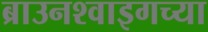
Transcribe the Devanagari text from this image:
ब्राउनश्वाइगच्या